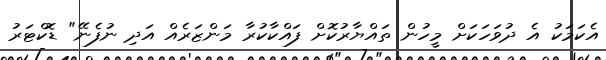
އެކަމަކު އެ ދުވަހަކަށް މީހުން ތައްޔާރުކޮށް ފައްކާކުރާ މަންޒަރެއް އަދި ނުފެނޭ" ޑޮކްޓަރު